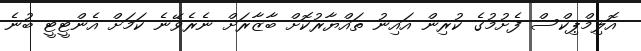
އޮލިމްޕިކްސް ފެށުމުގެ ކުރިން އައިނު ތައްޔާރުކޮށް ބާޒާރަށް ނެރެވޭނެ ކަމަށް އެންޓީޓީ ބުނެ